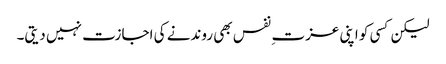
لیکن کسی کو اپنی عزت ِ نفس بھی روندنے کی اجازت نہیں دیتی۔